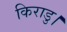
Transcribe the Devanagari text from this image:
किराडु।